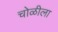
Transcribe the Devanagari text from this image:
चोळीला